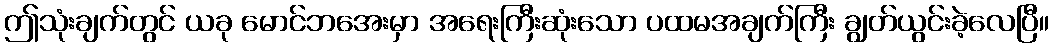
ဤသုံးချက်တွင် ယခု မောင်ဘအေးမှာ အရေးကြီးဆုံးသော ပထမအချက်ကြီး ချွတ်ယွင်းခဲ့လေပြီ။